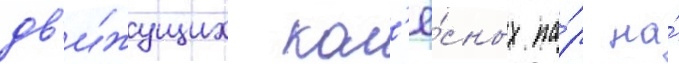
дв'и́жущих кол'ё́сных па́р на́